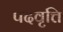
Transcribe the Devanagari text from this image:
पदवृत्ति